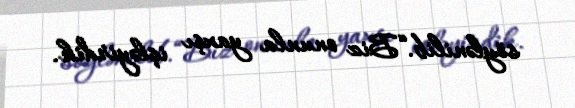
söylənilib.“Biz onunla yaxşı işləyirdik.